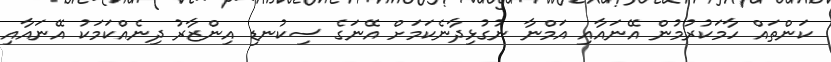
ކަންތައް ހާމަކުރުމުން އޭނައާއި އަމްނާ ނުގުޅިދާނެކަމަށް އޭނަގެ ސިކުނޑި އިންޒާރު ދިނެއްކަމަކު އޭނައާއި